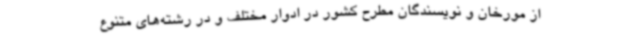
از مورخان و نویسندگان مطرح کشور در ادوار مختلف و در رشته‌های متنوع